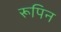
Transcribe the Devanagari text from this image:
रूपिन